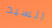
السيد